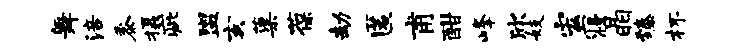
舞涪黍摄疵盥亥蕖葆劫匿甫酣峰欣妓宏寝晶臻杯